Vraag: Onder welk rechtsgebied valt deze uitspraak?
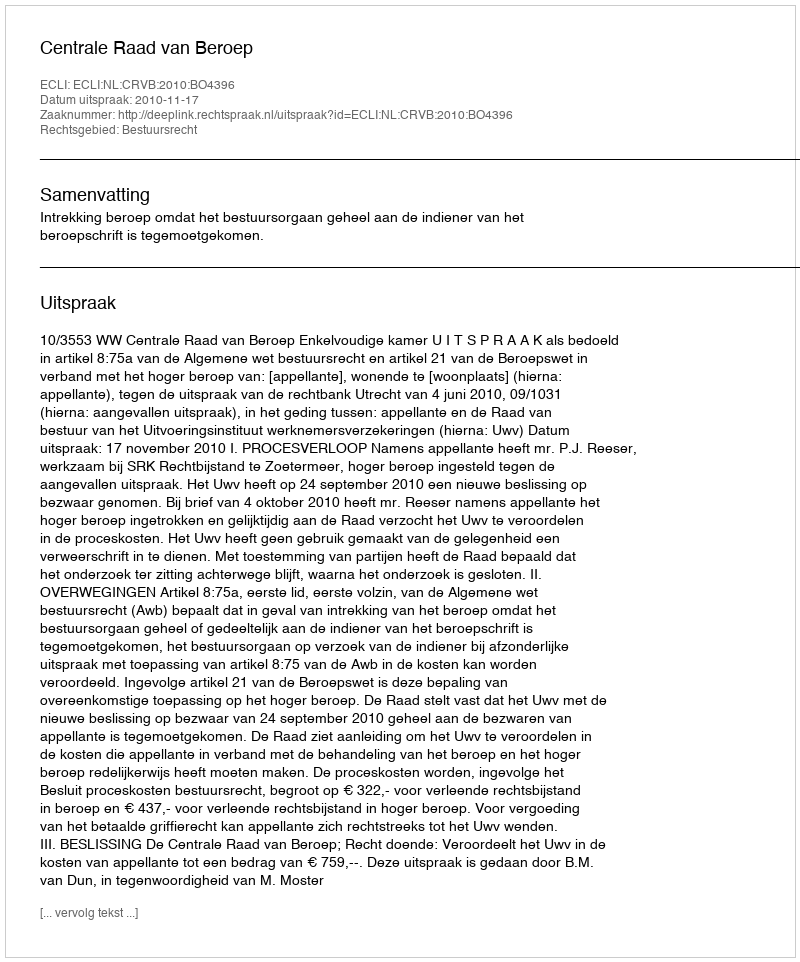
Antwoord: Bestuursrecht